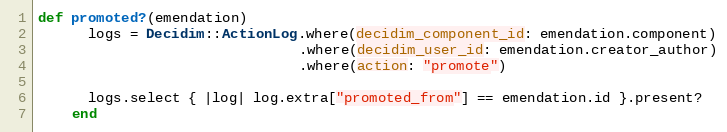
Language: Ruby
def promoted?(emendation)
      logs = Decidim::ActionLog.where(decidim_component_id: emendation.component)
                               .where(decidim_user_id: emendation.creator_author)
                               .where(action: "promote")

      logs.select { |log| log.extra["promoted_from"] == emendation.id }.present?
    end